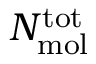
N _ { \mathrm { m o l } } ^ { \mathrm { t o t } }